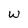
Character: w